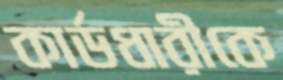
কার্ডধারীকে